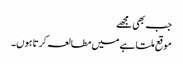
جب بھی مجھے
موقع ملتا ہے میں مطالعہ کرتا ہوں۔